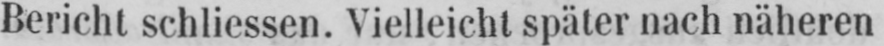
Bericht schliessen. Vielleicht später nach näheren